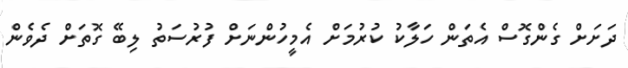
ދަށަށް ގެންގޮސް އެތަން ހަލާކު ކުރުމަށް އެމީހުންނަށް ފުރުސަތު ލިބޭ ގޮތަށް ދެވެން